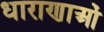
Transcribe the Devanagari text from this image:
धाराणाओं